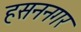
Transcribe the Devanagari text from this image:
हसननगर